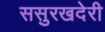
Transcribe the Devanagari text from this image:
ससुरखदेरी